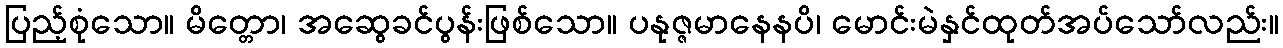
ပြည့်စုံသော။ မိတ္တော၊ အဆွေခင်ပွန်းဖြစ်သော။ ပနုဇ္ဇမာနေနပိ၊ မောင်းမဲနှင်ထုတ်အပ်သော်လည်း။